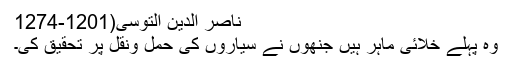
ناصر الدین التوسی(1201-1274
وہ پہلے خلائی ماہر ہیں جنھوں نے سیاروں کی حمل ونقل پر تحقیق کی۔